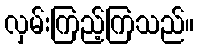
လှမ်းကြည့်ကြသည်။